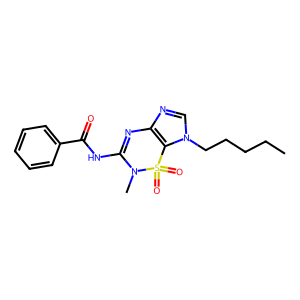
SMILES: CCCCCn1cnc2c1S(=O)(=O)N(C)C(NC(=O)c1ccccc1)=N2
Inhibits HIV replication: No